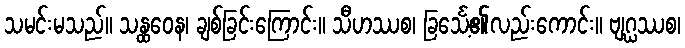
သမင်းမသည်။ သန္ထဝေန၊ ချစ်ခြင်းကြောင်း။ သီဟဿစ၊ ခြင်္သေ့၏လည်းကောင်း။ ဗျဂ္ဃဿစ၊